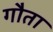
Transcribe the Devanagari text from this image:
गौता